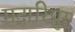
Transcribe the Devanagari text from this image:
मदारिपुर